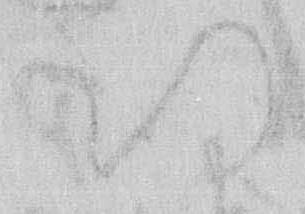
期